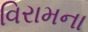
વિરામના